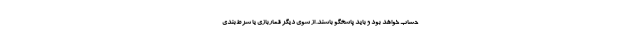
حساب خواهد بود و باید پاسخگو باشند. از سوی دیگر قماربازی یا شرط‌بندی